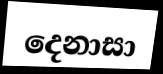
දෙනාසා